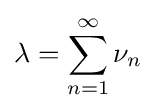
\lambda =\sum _{n=1}^{\infty }\nu _{n}